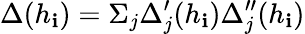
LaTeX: \Delta(h_{\mathbf{i}})=\Sigma_{j}\Delta_{j}^{\prime}(h_{\mathbf{i}})\Delta_{j}^{\prime\prime}(h_{\mathbf{i}})